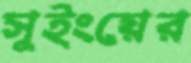
সুইংয়ের